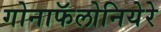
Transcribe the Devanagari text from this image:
गोनाफॅलोनियेरे